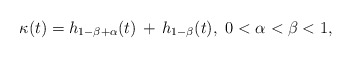
\begin{align*}\kappa(t) = h_{1-\beta+\alpha}(t)\, +\, h_{1-\beta}(t),\ 0<\alpha < \beta <1,\end{align*}